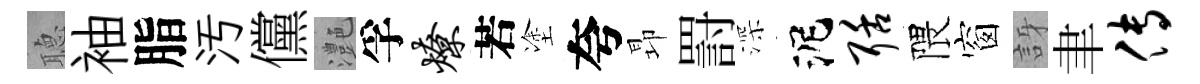
𦗟袖脂汚儻灔孚燎若塗夸昻罸深泥聒隈窗訝聿传